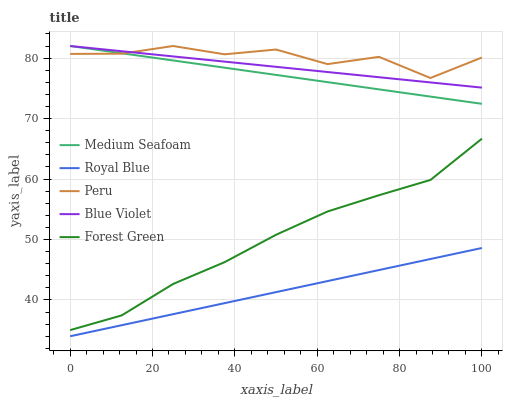
| xaxis_label | Medium Seafoam | Royal Blue | Peru | Blue Violet | Forest Green |
 | --- | --- | --- | --- | --- | --- |
 | 0 | 82 | 34 | 80.7 | 82 | 35 |
 | 12.5 | 80.8 | 35.8 | 80.7 | 81.1 | 37.4 |
 | 25 | 79.6 | 37.6 | 82 | 80.3 | 42.6 |
 | 37.5 | 78.4 | 39.5 | 80.6 | 79.4 | 46.3 |
 | 50 | 77.2 | 41.3 | 81.4 | 78.6 | 50.8 |
 | 62.5 | 76 | 43.1 | 79 | 77.7 | 54.6 |
 | 75 | 74.8 | 44.9 | 80.2 | 76.8 | 57.3 |
 | 87.5 | 73.6 | 46.8 | 76.7 | 76 | 59.8 |
 | 100 | 72.4 | 48.6 | 80.1 | 75.1 | 66.7 |